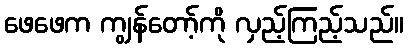
ဖေဖေက ကျွန်တော့်ကို လှည့်ကြည့်သည်။